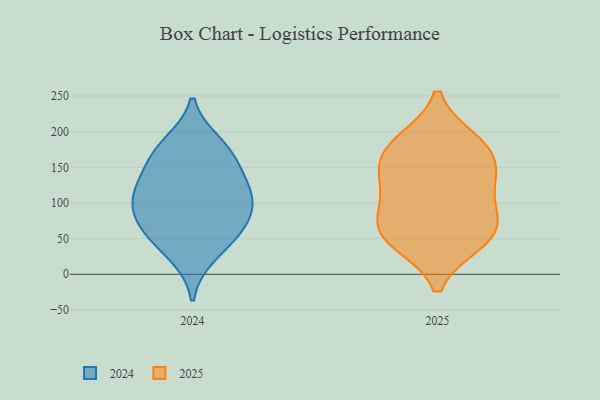
{"axis": {"x": "Temperature (°C)", "y": "Value"}, "legend": ["2024", "2025"], "data": [{"x": "", "y": 78, "type": "2024"}, {"x": "", "y": 127, "type": "2024"}, {"x": "", "y": 88, "type": "2024"}, {"x": "", "y": 100, "type": "2024"}, {"x": "", "y": 127, "type": "2024"}, {"x": "", "y": 183, "type": "2024"}, {"x": "", "y": 57, "type": "2024"}, {"x": "", "y": 114, "type": "2024"}, {"x": "", "y": 27, "type": "2024"}, {"x": "", "y": 56, "type": "2024"}, {"x": "", "y": 171, "type": "2024"}, {"x": "", "y": 165, "type": "2024"}, {"x": "", "y": 48, "type": "2025"}, {"x": "", "y": 144, "type": "2025"}, {"x": "", "y": 181, "type": "2025"}, {"x": "", "y": 72, "type": "2025"}, {"x": "", "y": 133, "type": "2025"}, {"x": "", "y": 122, "type": "2025"}, {"x": "", "y": 61, "type": "2025"}, {"x": "", "y": 85, "type": "2025"}, {"x": "", "y": 46, "type": "2025"}, {"x": "", "y": 186, "type": "2025"}, {"x": "", "y": 171, "type": "2025"}]}